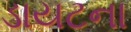
ડાયટના